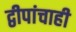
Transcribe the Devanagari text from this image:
द्वीपांचाही